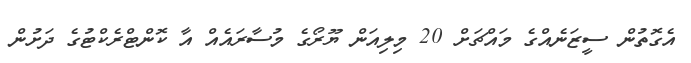
އެގޮތުން ސީޒަނެއްގެ މައްޗަށް 20 މިލިއަން ޔޫރޯގެ މުސާރައެއް އާ ކޮންޓްރެކްޓުގެ ދަށުން